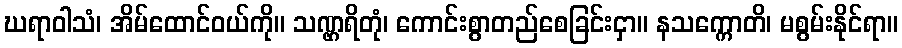
ဃရာဝါသံ၊ အိမ်ထောင်ဝယ်ကို။ သဏ္ဌရိတုံ၊ ကောင်းစွာတည်စေခြင်းငှာ။ နသက္ကောတိ၊ မစွမ်းနိုင်ရာ။